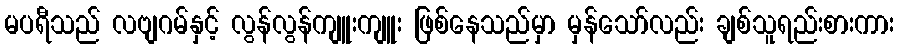
မပရီသည် လဗျဂမ်နှင့် လွန်လွန်ကျူးကျူး ဖြစ်နေသည်မှာ မှန်သော်လည်း ချစ်သူရည်းစားကား